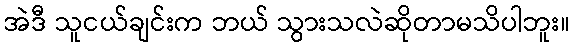
အဲဒီ သူငယ်ချင်းက ဘယ် သွားသလဲဆိုတာမသိပါဘူး။